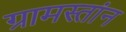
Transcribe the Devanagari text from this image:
ग्रामस्तांन